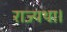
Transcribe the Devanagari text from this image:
राज्यथा।